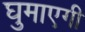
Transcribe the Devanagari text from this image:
घुमाएगी